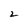
Character: 2